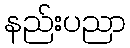
နည်းပညာ